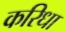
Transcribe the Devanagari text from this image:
करिधा